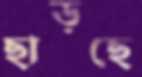
ছাড়ছে